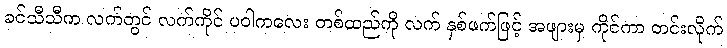
ခင်သီသီက လက်တွင် လက်ကိုင် ပဝါကလေး တစ်ထည်ကို လက် နှစ်ဖက်ဖြင့် အဖျားမှ ကိုင်ကာ တင်းလိုက်